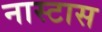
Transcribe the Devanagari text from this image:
नास्टास